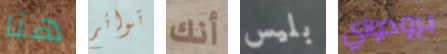
هنا توائم أنك بليس برودواي